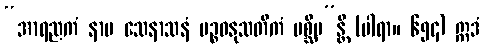
“အာရညကံ နာမ သေနာသနံ ပဉ္စဓနုသတိကံ ပစ္ဆိမ”န္တိ (ပါရာ။ ၆၅၄) ဣဒံ